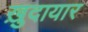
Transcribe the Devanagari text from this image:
ख़ुदायार